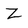
Character: Z